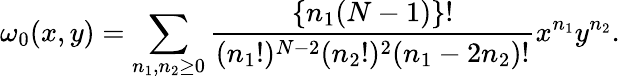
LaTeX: \omega_{0}(x,y)=\sum_{n_{1},n_{2}\geq 0}\frac{\{ n_{1}(N-1)\} !}{(n_{1}!)^{N-2}(n_{2}!)^{2}(n_{1}-2n_{2})!}x^{n_{1}}y^{n_{2}}.